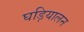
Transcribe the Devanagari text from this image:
घड़ियालन